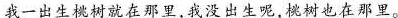
我一出生桃树就在那里，我没出生呢，桃树也在那里。